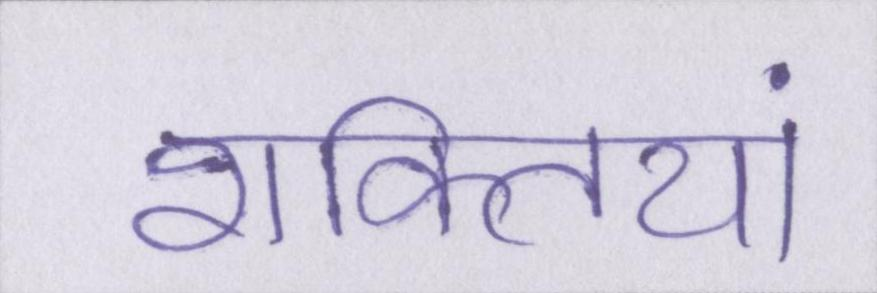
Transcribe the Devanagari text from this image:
शक्तियां